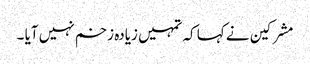
مشرکین نے کہا کہ تمہیں زیادہ زخم نہیں آیا ۔